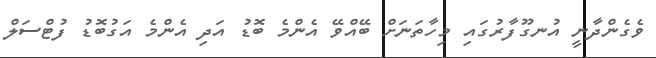
ވެގެންދާނީ އުނގޫފާރުގައި މިހާތަނަށް ބޭއްވޭ އެންމެ ބޮޑު އަދި އެންމެ އަގުބޮޑު ފުޓްސަލް